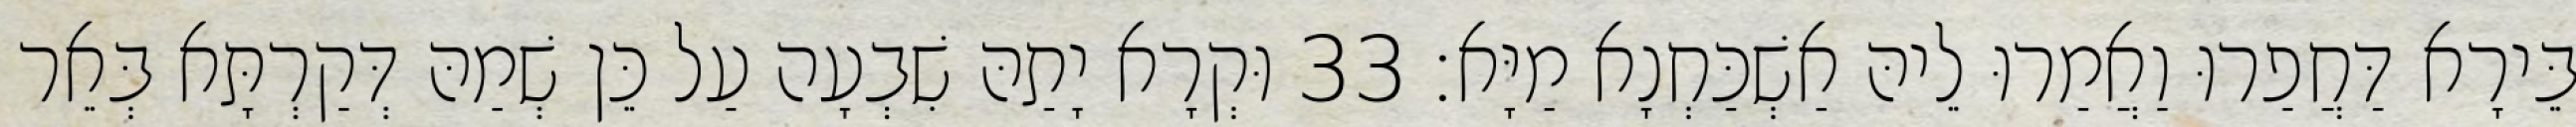
בֵּירָא דַּחֲפַרוּ וַאֲמַרוּ לֵיהּ אַשְׁכַּחְנָא מַיָּא׃ 33 וּקְרָא יָתַהּ שִׁבְעָה עַל כֵּן שְׁמַהּ דְּקַרְתָּא בְּאֵר